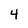
Character: 4